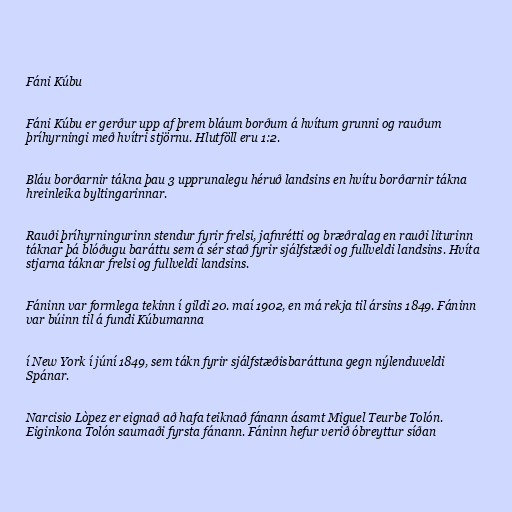
Fáni Kúbu

Fáni Kúbu er gerður upp af þrem bláum borðum á hvítum grunni og rauðum
þríhyrningi með hvítri stjörnu. Hlutföll eru 1:2.

Bláu borðarnir tákna þau 3 upprunalegu héruð landsins en hvítu borðarnir tákna
hreinleika byltingarinnar.

Rauði þríhyrningurinn stendur fyrir frelsi, jafnrétti og bræðralag en rauði liturinn
táknar þá blóðugu baráttu sem á sér stað fyrir sjálfstæði og fullveldi landsins. Hvíta
stjarna táknar frelsi og fullveldi landsins.

Fáninn var formlega tekinn í gildi 20. maí 1902, en má rekja til ársins 1849. Fáninn
var búinn til á fundi Kúbumanna

í New York í júní 1849, sem tákn fyrir sjálfstæðisbaráttuna gegn nýlenduveldi
Spánar.

Narcisio Lòpez er eignað að hafa teiknað fánann ásamt Miguel Teurbe Tolón.
Eiginkona Tolón saumaði fyrsta fánann. Fáninn hefur verið óbreyttur síðan